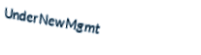
UnderNewMgmt